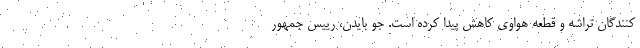
کنندگان تراشه و قطعه هواوی کاهش پیدا کرده است. جو بایدن، رییس جمهور